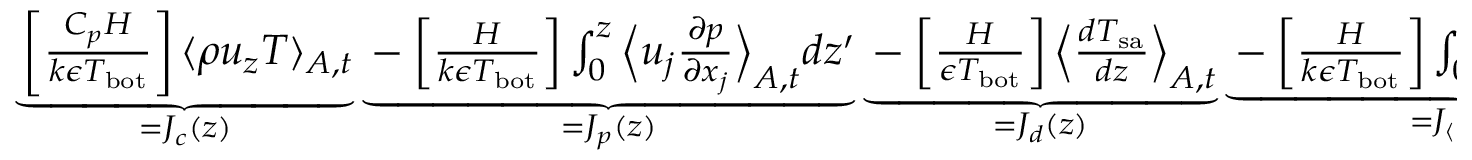
\begin{array} { r } { \underbrace { \left[ \frac { C _ { p } H } { k \epsilon T _ { \mathrm { b o t } } } \right] \langle \rho u _ { z } T \rangle _ { A , t } } _ { = J _ { c } ( z ) } \underbrace { - \left[ \frac { H } { k \epsilon T _ { \mathrm { b o t } } } \right] \int _ { 0 } ^ { z } \Big \langle u _ { j } \frac { \partial p } { \partial x _ { j } } \Big \rangle _ { A , t } d z ^ { \prime } } _ { = J _ { p } ( z ) } \underbrace { - \left[ \frac { H } { \epsilon T _ { \mathrm { b o t } } } \right] \Big \langle \frac { d T _ { \mathrm { s a } } } { d z } \Big \rangle _ { A , t } } _ { = J _ { d } ( z ) } \underbrace { - \left[ \frac { H } { k \epsilon T _ { \mathrm { b o t } } } \right] \int _ { 0 } ^ { z } \langle \sigma _ { i j } S _ { i j } \rangle _ { A , t } d z ^ { \prime } } _ { = J _ { \langle \epsilon \rangle } ( z ) } = \mathrm { ~ c ~ o ~ n ~ s ~ t ~ . ~ } } \end{array}